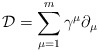
\begin{align*}{\mathcal D}=\sum_{\mu=1}^{m}\gamma^{\mu}\partial_{\mu}\end{align*}